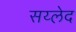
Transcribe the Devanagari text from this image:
सय्लेद